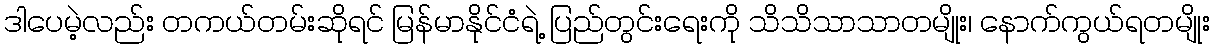
ဒါပေမဲ့လည်း တကယ်တမ်းဆိုရင် မြန်မာနိုင်ငံရဲ့ ပြည်တွင်းရေးကို သိသိသာသာတမျိုး၊ နောက်ကွယ်ရတမျိုး